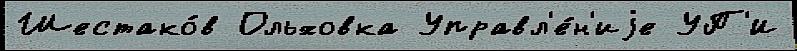
Шестако́в Ольховка Управл'е́н'иjе УП'И